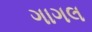
ગાગલ